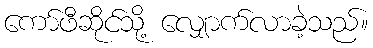
ကော်ဖီဆိုင်သို့ လျှောက်လာခဲ့သည်။